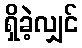
ရှိခဲ့လျှင်